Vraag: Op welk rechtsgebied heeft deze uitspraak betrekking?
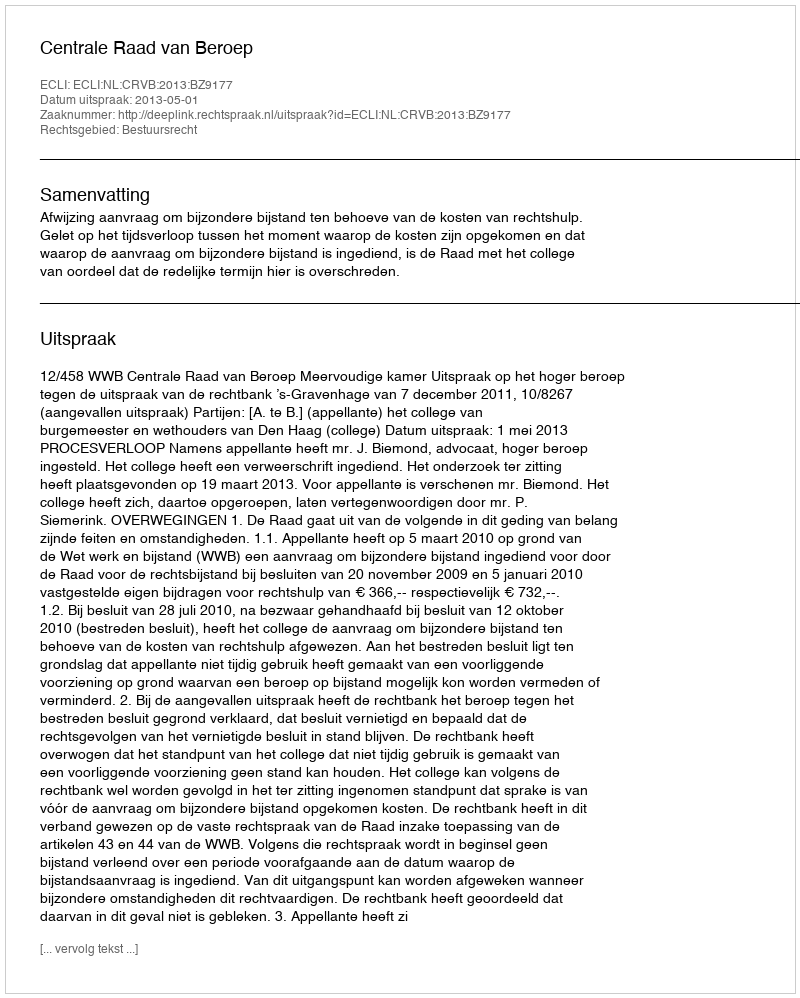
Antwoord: Bestuursrecht